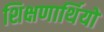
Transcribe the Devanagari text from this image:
शिक्षणार्थियों